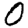
Digit: 0